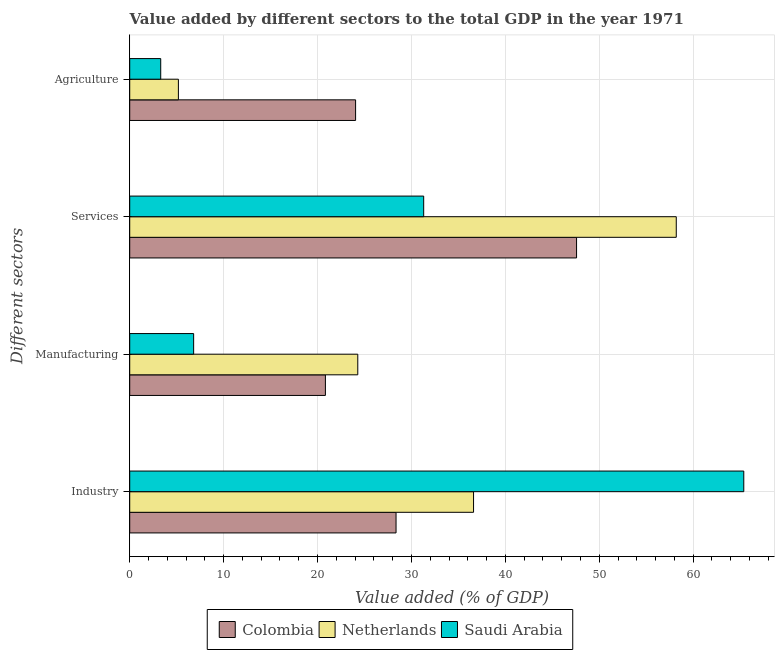
| Different sectors | Colombia | Netherlands | Saudi Arabia |
 | --- | --- | --- | --- |
 | Industry | 28.4 | 36.6 | 65.4 |
 | Manufacturing | 20.8 | 24.3 | 6.81 |
 | Services | 47.6 | 58.2 | 31.3 |
 | Agriculture | 24.1 | 5.18 | 3.3 |